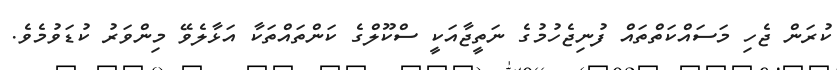
ކުރަން ޖެހި މަސައްކަތްތައް ފުނިޖެހުމުގެ ނަތީޖާއަކީ ސްކޫލްގެ ކަންތައްތަކާ އަޅާލެވޭ މިންވަރު ކުޑަވުމެވެ.